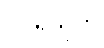
ဝဂ္ဂရသုတ်